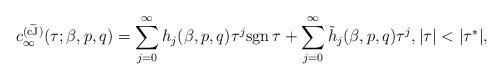
LaTeX: \begin{align*} c_\infty^{(\widetilde{\rm cJ})}(\tau;\beta,p,q) = \sum_{j=0}^\infty h_j(\beta,p,q) \tau^{j} {\rm sgn} \, \tau + \sum_{j=0}^\infty \tilde{h}_j(\beta,p,q) \tau^{j} , |\tau| < |\tau^*|, \end{align*}